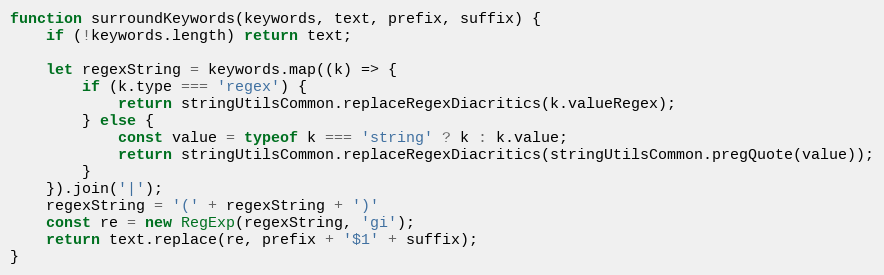
Language: JavaScript
function surroundKeywords(keywords, text, prefix, suffix) {
	if (!keywords.length) return text;

	let regexString = keywords.map((k) => {
		if (k.type === 'regex') {
			return stringUtilsCommon.replaceRegexDiacritics(k.valueRegex);
		} else {
			const value = typeof k === 'string' ? k : k.value;
			return stringUtilsCommon.replaceRegexDiacritics(stringUtilsCommon.pregQuote(value));
		}
	}).join('|');
	regexString = '(' + regexString + ')'
	const re = new RegExp(regexString, 'gi');
	return text.replace(re, prefix + '$1' + suffix);
}